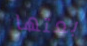
بعتها